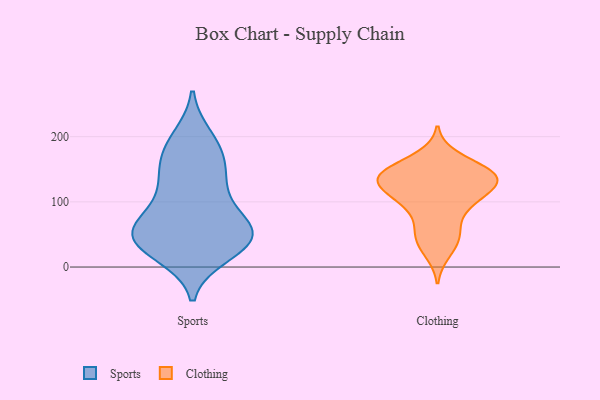
{"axis": {"x": "Latency (ms)", "y": "Value"}, "legend": ["Clothing", "Sports"], "data": [{"x": "", "y": 125, "type": "Sports"}, {"x": "", "y": 197, "type": "Sports"}, {"x": "", "y": 31, "type": "Sports"}, {"x": "", "y": 147, "type": "Sports"}, {"x": "", "y": 56, "type": "Sports"}, {"x": "", "y": 21, "type": "Sports"}, {"x": "", "y": 46, "type": "Sports"}, {"x": "", "y": 66, "type": "Sports"}, {"x": "", "y": 37, "type": "Sports"}, {"x": "", "y": 132, "type": "Sports"}, {"x": "", "y": 47, "type": "Sports"}, {"x": "", "y": 181, "type": "Sports"}, {"x": "", "y": 93, "type": "Sports"}, {"x": "", "y": 54, "type": "Sports"}, {"x": "", "y": 177, "type": "Sports"}, {"x": "", "y": 52, "type": "Sports"}, {"x": "", "y": 41, "type": "Clothing"}, {"x": "", "y": 21, "type": "Clothing"}, {"x": "", "y": 138, "type": "Clothing"}, {"x": "", "y": 122, "type": "Clothing"}, {"x": "", "y": 133, "type": "Clothing"}, {"x": "", "y": 143, "type": "Clothing"}, {"x": "", "y": 170, "type": "Clothing"}, {"x": "", "y": 49, "type": "Clothing"}, {"x": "", "y": 143, "type": "Clothing"}, {"x": "", "y": 135, "type": "Clothing"}, {"x": "", "y": 156, "type": "Clothing"}, {"x": "", "y": 144, "type": "Clothing"}, {"x": "", "y": 94, "type": "Clothing"}, {"x": "", "y": 129, "type": "Clothing"}, {"x": "", "y": 60, "type": "Clothing"}, {"x": "", "y": 106, "type": "Clothing"}, {"x": "", "y": 91, "type": "Clothing"}, {"x": "", "y": 110, "type": "Clothing"}]}